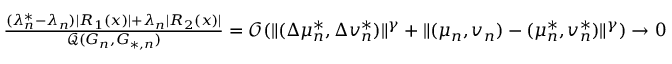
\begin{array} { r } { \frac { ( \lambda _ { n } ^ { * } - \lambda _ { n } ) | R _ { 1 } ( x ) | + \lambda _ { n } | R _ { 2 } ( x ) | } { \mathcal { Q } ( G _ { n } , G _ { * , n } ) } = \mathcal { O } ( \| ( \Delta \mu _ { n } ^ { * } , \Delta v _ { n } ^ { * } ) \| ^ { \gamma } + \| ( \mu _ { n } , v _ { n } ) - ( \mu _ { n } ^ { * } , v _ { n } ^ { * } ) \| ^ { \gamma } ) \to 0 } \end{array}